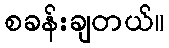
စခန်းချတယ်။